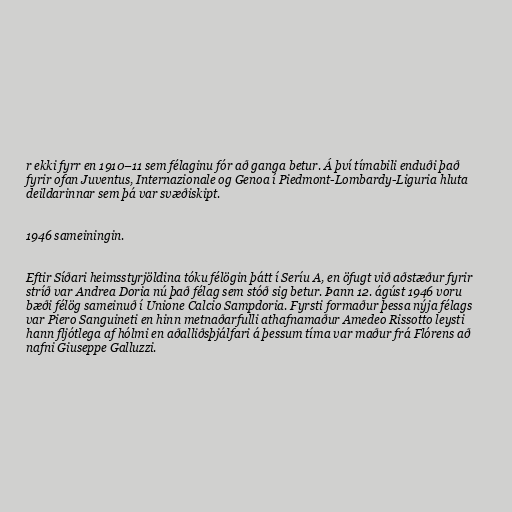
r ekki fyrr en 1910–11 sem félaginu fór að ganga betur. Á því tímabili enduði það
fyrir ofan Juventus, Internazionale og Genoa í Piedmont-Lombardy-Liguria hluta
deildarinnar sem þá var svæðiskipt.

1946 sameiningin.

Eftir Síðari heimsstyrjöldina tóku félögin þátt í Seríu A, en öfugt við aðstæður fyrir
stríð var Andrea Doria nú það félag sem stóð sig betur. Þann 12. ágúst 1946 voru
bæði félög sameinuð í Unione Calcio Sampdoria. Fyrsti formaður þessa nýja félags
var Piero Sanguineti en hinn metnaðarfulli athafnamaður Amedeo Rissotto leysti
hann fljótlega af hólmi en aðalliðsþjálfari á þessum tíma var maður frá Flórens að
nafni Giuseppe Galluzzi.